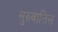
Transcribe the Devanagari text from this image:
सुरुवातिस